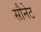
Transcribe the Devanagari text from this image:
सौनेट